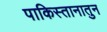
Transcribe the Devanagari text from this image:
पाकिस्तानातुन